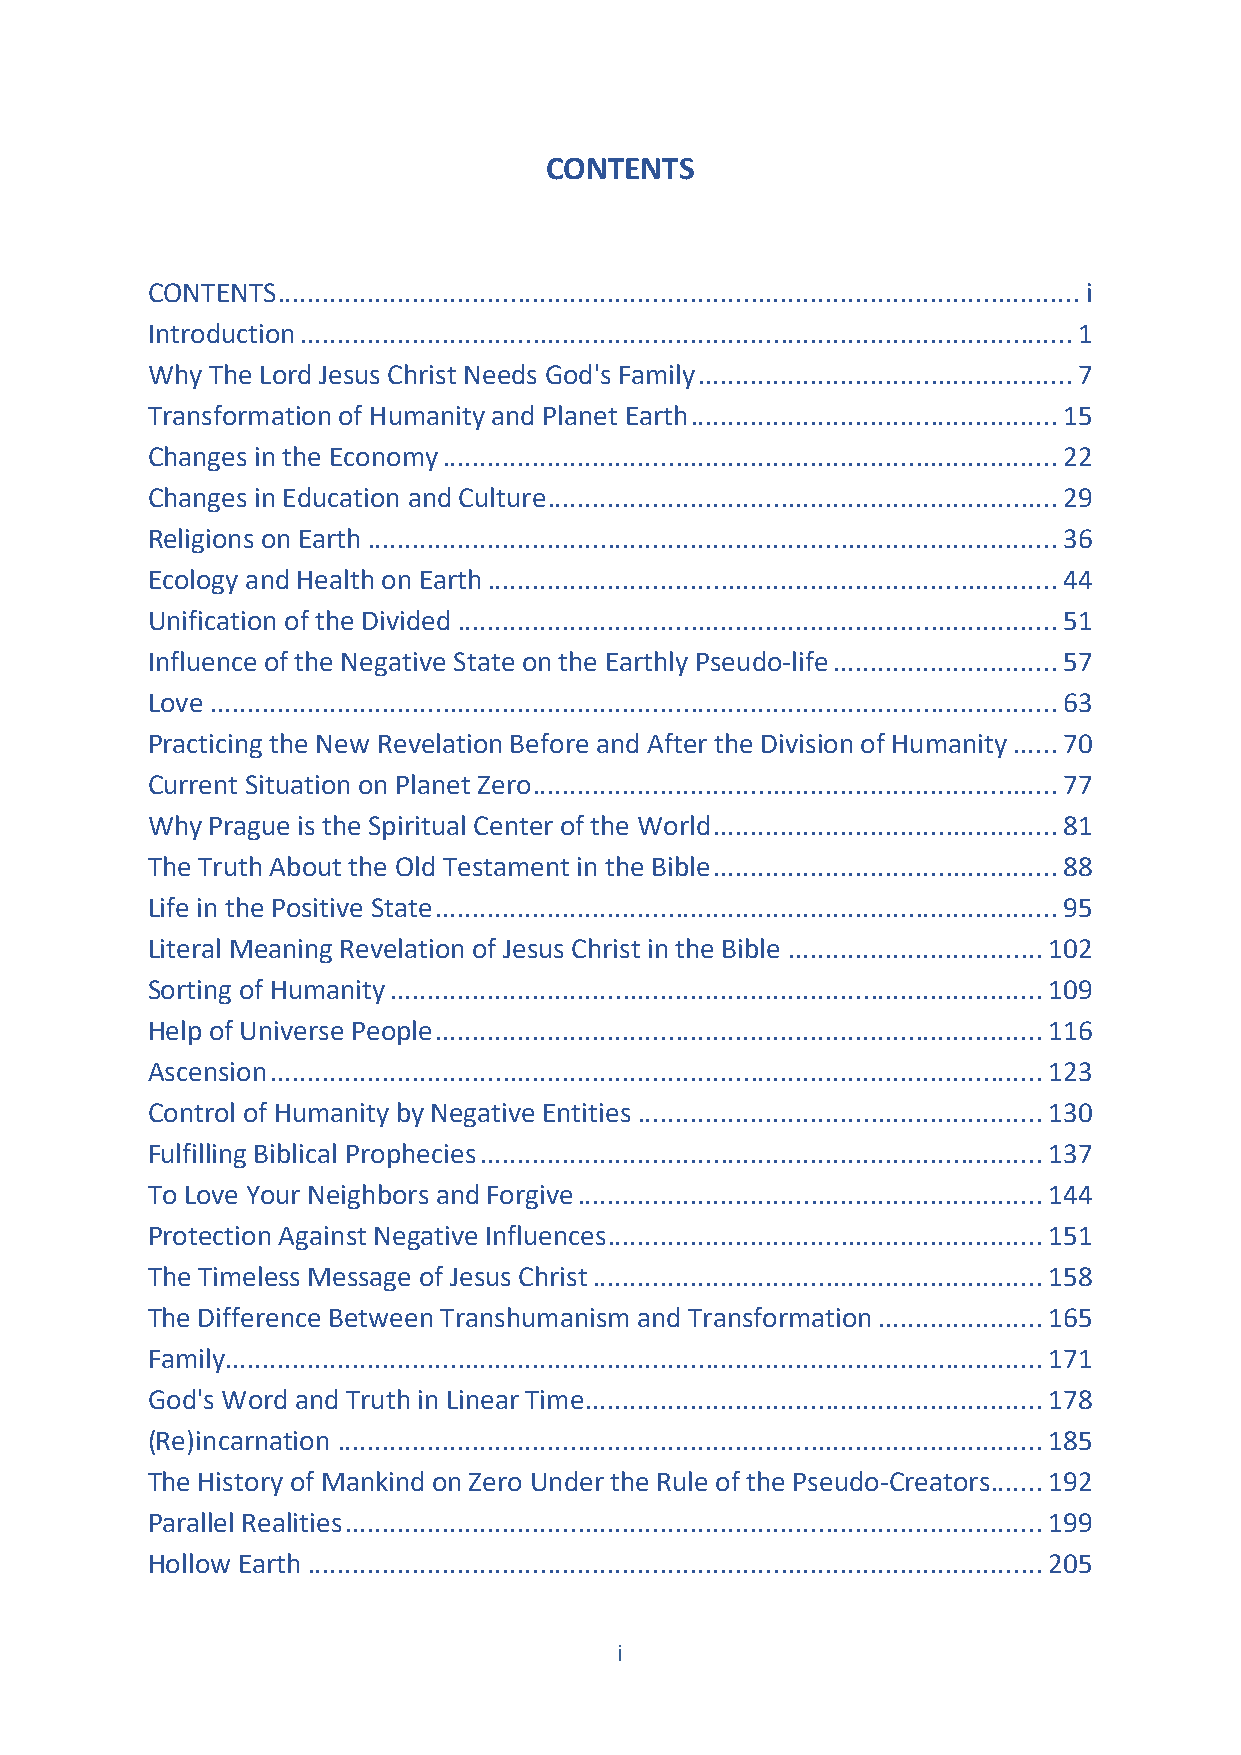
CONTENTS
 CONTENTS ........................................................................................................... i
 Introduction ....................................................................................................... 1
 Why The Lord Jesus Christ Needs God's Family .................................................. 7
 Transformation of Humanity and Planet Earth ................................................. 15
 Changes in the Economy .................................................................................. 22
 Changes in Education and Culture .................................................................... 29
 Religions on Earth ............................................................................................ 36
 Ecology and Health on Earth ............................................................................ 44
 Unification of the Divided ................................................................................ 51
 Influence of the Negative State on the Earthly Pseudo-life .............................. 57
 Love ................................................................................................................. 63
 Practicing the New Revelation Before and After the Division of Humanity ...... 70
 Current Situation on Planet Zero ...................................................................... 77
 Why Prague is the Spiritual Center of the World .............................................. 81
 The Truth About the Old Testament in the Bible .............................................. 88
 Life in the Positive State ................................................................................... 95
 Literal Meaning Revelation of Jesus Christ in the Bible .................................. 102
 Sorting of Humanity ....................................................................................... 109
 Help of Universe People ................................................................................. 116
 Ascension ....................................................................................................... 123
 Control of Humanity by Negative Entities ...................................................... 130
 Fulfilling Biblical Prophecies ........................................................................... 137
 To Love Your Neighbors and Forgive .............................................................. 144
 Protection Against Negative Influences .......................................................... 151
 The Timeless Message of Jesus Christ ............................................................ 158
 The Difference Between Transhumanism and Transformation ...................... 165
 Family ............................................................................................................. 171
 God's Word and Truth in Linear Time ............................................................. 178
 (Re)incarnation .............................................................................................. 185
 The History of Mankind on Zero Under the Rule of the Pseudo-Creators ....... 192
 Parallel Realities ............................................................................................. 199
 Hollow Earth .................................................................................................. 205
 i